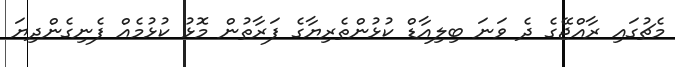
މެޗުގައި ރާއްޖޭގެ ދެ ވަނަ ބިލިއާޑް ކުޅުންތެރިޔާގެ ފަރާތުން މޮޅު ކުޅުމެއް ފެނިގެންދިޔަ